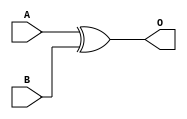
module XOR16(input [15:0] A, B, output [15:0] O);
	assign O = A ^ B;
endmodule